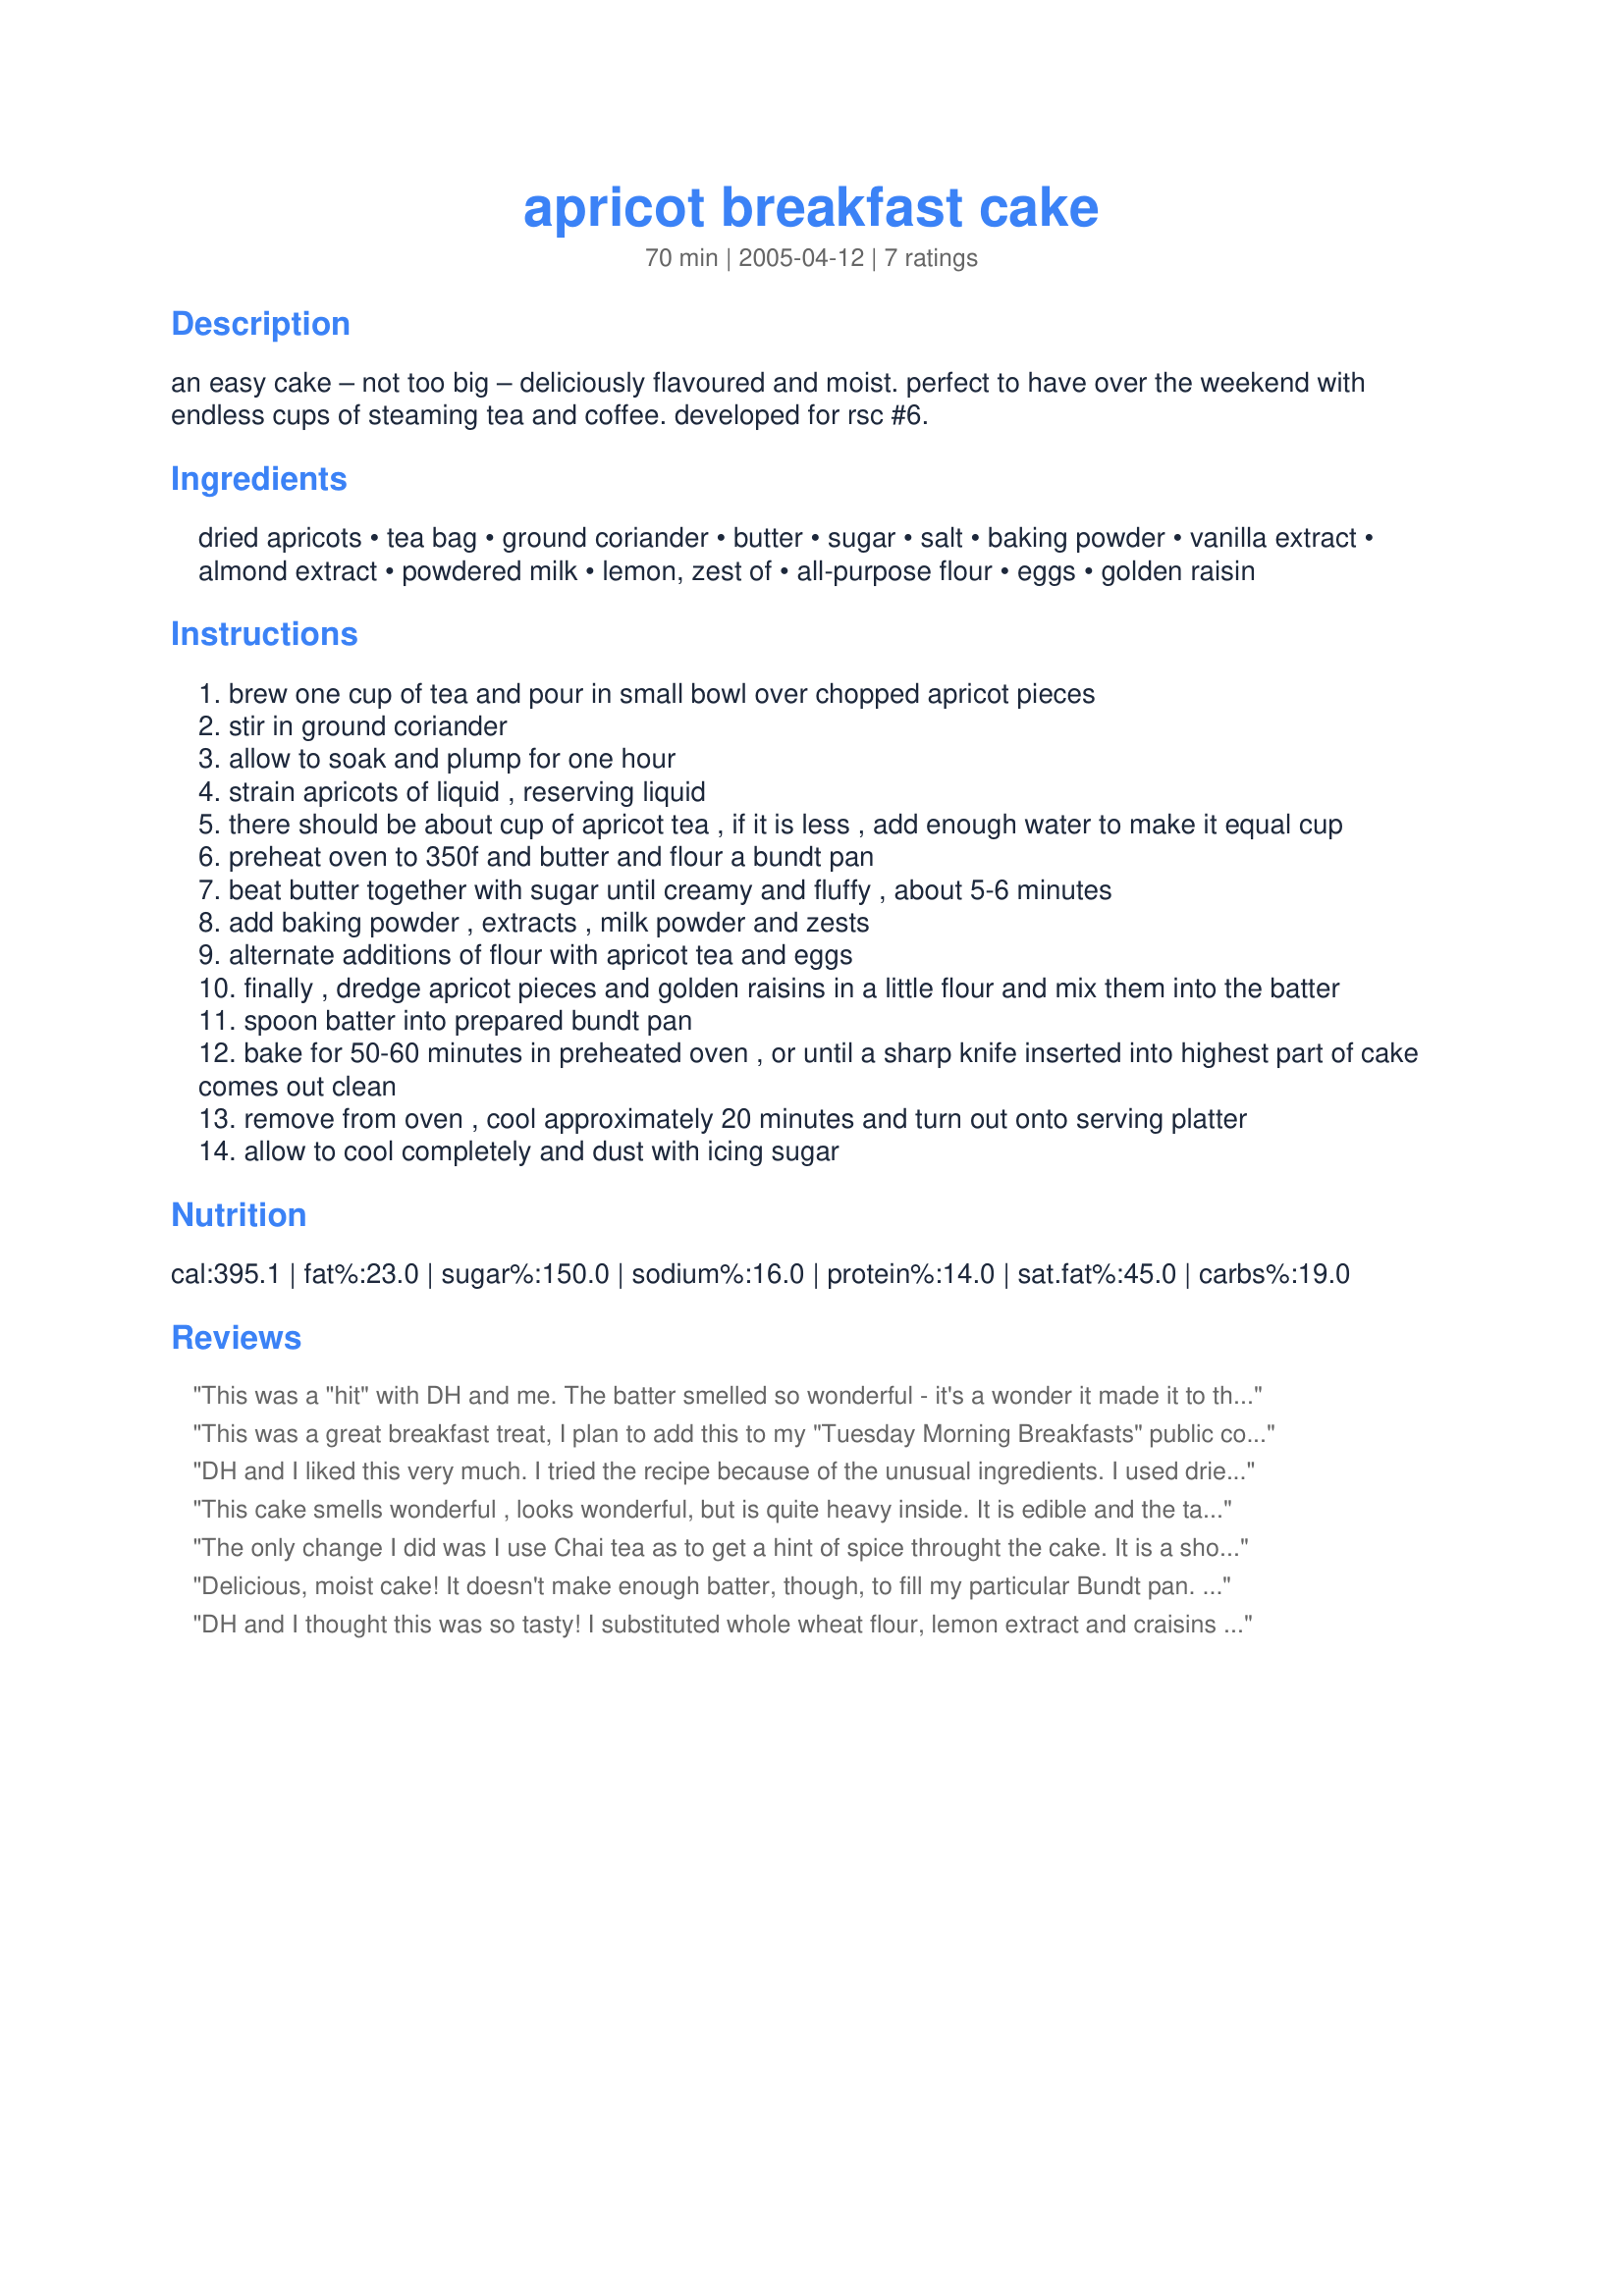
apricot breakfast cake
Preparation time: 70 minutes

an easy cake – not too big – deliciously flavoured and moist. perfect to have over the weekend with endless cups of steaming tea and coffee. developed for rsc #6.

Ingredients:
dried apricots, tea bag, ground coriander, butter, sugar, salt, baking powder, vanilla extract, almond extract, powdered milk, lemon, zest of, all-purpose flour, eggs, golden raisin

Steps:
brew one cup of tea and pour in small bowl over chopped apricot pieces
stir in ground coriander
allow to soak and plump for one hour
strain apricots of liquid , reserving liquid
there should be about cup of apricot tea , if it is less , add enough water to make it equal cup
preheat oven to 350f and butter and flour a bundt pan
beat butter together with sugar until creamy and fluffy , about 5-6 minutes
add baking powder , extracts , milk powder and zests
alternate additions of flour with apricot tea and eggs
finally , dredge apricot pieces and golden raisins in a little flour and mix them into the batter
spoon batter into prepared bundt pan
bake for 50-60 minutes in preheated oven , or until a sharp knife inserted into highest part of cake comes out clean
remove from oven , cool approximately 20 minutes and turn out onto serving platter
allow to cool completely and dust with icing sugar

Reviews:
This was a "hit" with DH and me. The batter smelled so wonderful - it's a wonder it made it to the oven. The taste is perfect with coffee or hot tea! I made the first step in the evening and set the apricot pieces and strained juice (I used a mixture of Orange/Pekoe and Constant Comment tea) separately in the fridge till the morning. I must be slow in the kitchen because my prep time was closer to 30 minutes. Great recipe!!
This was a great breakfast treat, I plan to add this to my "Tuesday Morning Breakfasts" public cookbook after the contest. I made this for my parents, kids and DH for breakfast before I went to school and there was not a crumb left when I got home, lol! I used a red rose tea bag and it was really good. Thanks for posting!
DH and I liked this very much. I tried the recipe because of the unusual ingredients. I used dried cherries rather than raisins because that's what I have on hand. This is a dense cake but not tough. We will make again. Thanks for posting.
This cake smells wonderful , looks wonderful, but is quite heavy inside. It is edible and the taste is good. Instructions were good, except the salt was not memtioned in the instructions, consquently I forgot to put it in, don't think it made much difference. Too bad it wasn't just a bit lighter. Thanks for sharing, good luck in the contest.
The only change I did was I use Chai tea as to get a hint of spice throught the cake. It is a short cake as stated in the discription. Not overly sweet. Has lots of fruit which could have been cut back a bit. Close to a fruit cake but not as dense. Love the almond with the apricots. Go`s well together. Made the cake in a food processor. After beating the butter and sugar is when I added the eggs then followed with the rest.
Delicious, moist cake! It doesn't make enough batter, though, to fill my particular Bundt pan. Next time I will experiment with doubling the recipe and see how it turns out.
DH and I thought this was so tasty! I substituted whole wheat flour, lemon extract and craisins (for the raisins) because that's what I had on hand; and I added some frozen wild blueberries too. Just before putting it into the oven I covered the top with some brown sugar that got crunchy while baking. Thanks for posting!
